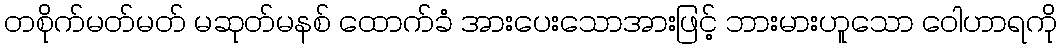
တစိုက်မတ်မတ် မဆုတ်မနစ် ထောက်ခံ အားပေးသောအားဖြင့် ဘားမားဟူသော ဝေါဟာရကို